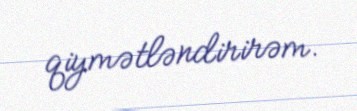
qiymətləndirirəm.